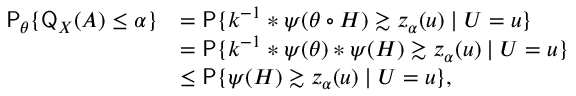
\begin{array} { r l } { \mathsf { P } _ { \theta } \{ \mathsf { Q } _ { X } ( A ) \leq \alpha \} } & { = \mathsf { P } \{ k ^ { - 1 } \ast \psi ( \theta \circ H ) \gtrsim z _ { \alpha } ( u ) \mid U = u \} } \\ & { = \mathsf { P } \{ k ^ { - 1 } \ast \psi ( \theta ) \ast \psi ( H ) \gtrsim z _ { \alpha } ( u ) \mid U = u \} } \\ & { \leq \mathsf { P } \{ \psi ( H ) \gtrsim z _ { \alpha } ( u ) \mid U = u \} , } \end{array}